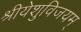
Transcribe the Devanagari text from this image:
श्रीयेशुविजयम्